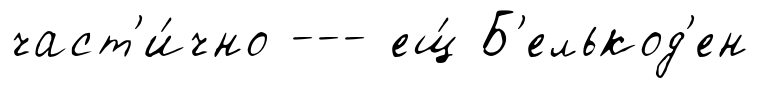
част'и́чно --- ещ́ Б'елькод'ен